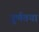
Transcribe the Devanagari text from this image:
पू्र्णतया